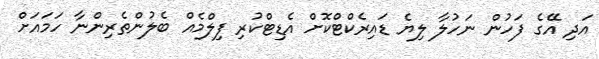
އަދި އޭގެ ފަހުން ނަހުލާ ލިޔެ ޑައިރެކްޓްކޮށް އެޑިޓްކުރި ފިލްމެއް ބެލުންތެރިންނާ ހަމައަށް